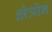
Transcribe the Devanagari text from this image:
क्षेत्रोन